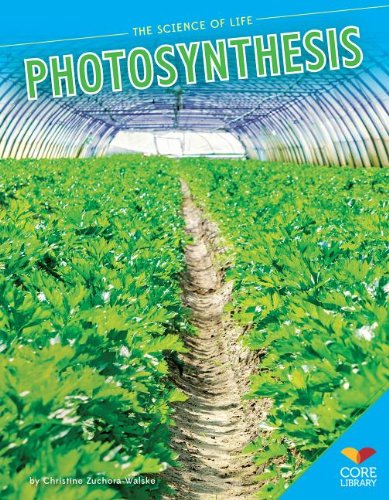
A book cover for Photosynthesis (The Science of Life); Christine Zuchora-Walske; Children's Books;